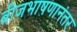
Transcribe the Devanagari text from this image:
बीजभाषणानंतर